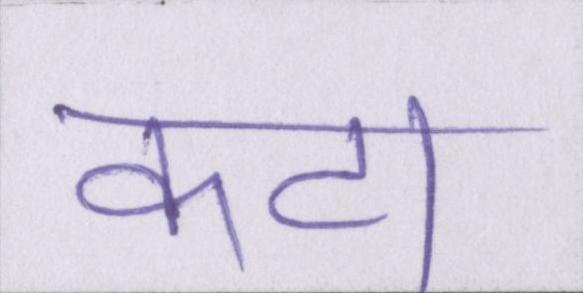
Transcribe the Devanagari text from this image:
कटा